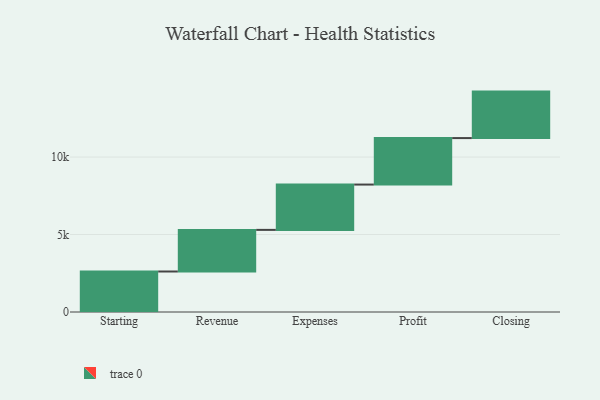
{"axis": {"x": "Step", "y": "Value"}, "legend": [""], "data": [{"x": "Starting", "y": 2614.0, "type": ""}, {"x": "Revenue", "y": 2686.0, "type": ""}, {"x": "Expenses", "y": 2925.0, "type": ""}, {"x": "Profit", "y": 3000, "type": ""}, {"x": "Closing", "y": 3000, "type": ""}]}